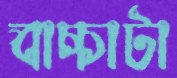
বাচ্চাটা